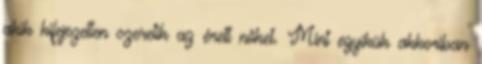
akik kifejezetten szeretik az érett nőket. Mint egyikük akkoriban